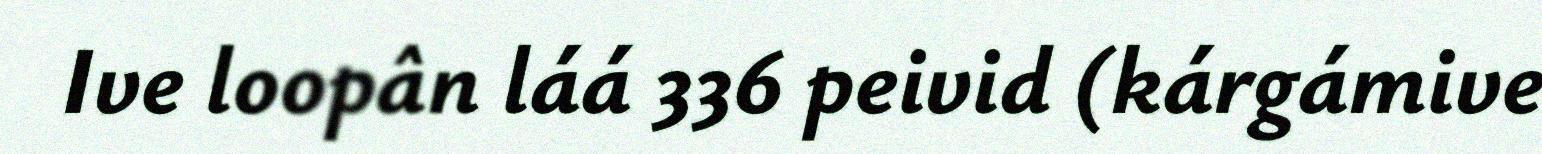
Ive loopân láá 336 peivid (kárgámive